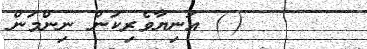
(@) އަނިޔާވެރިކަން ނިންމަން